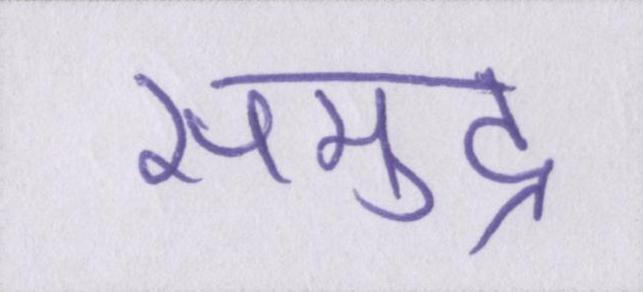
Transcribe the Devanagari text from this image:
समुद्र